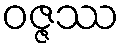
ဝဇ္ဇဿ